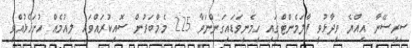
ސިރިސޭނާ އިއްޔެ ވިދާޅުވީ ޕާލަމެންޓްގައި ހިމެނިވަޑައިގަންނަވާ 225 މެމްބަރުން ސޮއިކުރައްވައި ލިއުމެއް ހުށަހެޅުއްވި